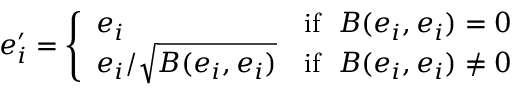
e _ { i } ^ { \prime } = { \left\{ \begin{array} { l l } { e _ { i } } & { { \mathrm { i f ~ } } \; B ( e _ { i } , e _ { i } ) = 0 } \\ { e _ { i } / { \sqrt { B ( e _ { i } , e _ { i } ) } } } & { { \mathrm { i f ~ } } \; B ( e _ { i } , e _ { i } ) \neq 0 } \end{array} \right. }